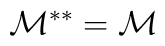
\mathcal{M}^{\ast \ast }=\mathcal{M}